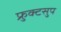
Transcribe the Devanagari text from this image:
फ्रुक्टसुप